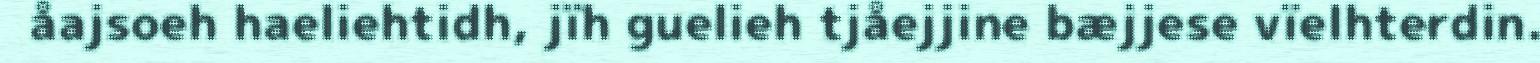
åajsoeh haeliehtidh, jïh guelieh tjåejjine bæjjese vïelhterdin.